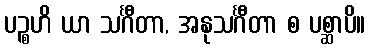
ပဉ္စဟိ ယာ သင်္ဂီတာ, အနုသင်္ဂီတာ စ ပစ္ဆာပိ။